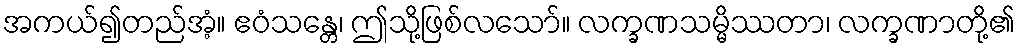
အကယ်၍တည်အံ့။ ဧဝံသန္တေ၊ ဤသို့ဖြစ်လသော်။ လက္ခဏသမ္မိဿတာ၊ လက္ခဏာတို့၏